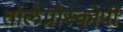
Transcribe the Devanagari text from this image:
तोलेप्रोस्कोपी